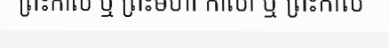
ព្រះកាល ឬ ព្រះមហា កាលា ឬ ព្រះកាល